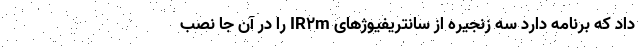
داد که برنامه دارد سه زنجیره از سانتریفیوژهای IR۲m را در آن جا نصب